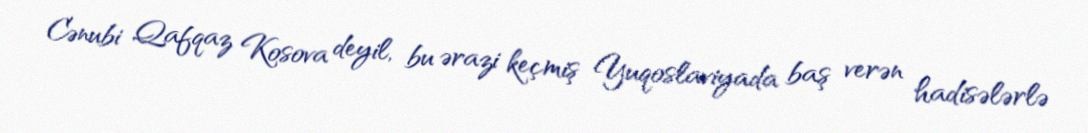
Cənubi Qafqaz Kosova deyil, bu ərazi keçmiş Yuqoslaviyada baş verən hadisələrlə